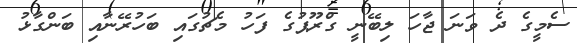
ސެމީގެ ދެ ވަނަ ޖާހަ ލިބޭނީ ގްރޫޕުގެ ފަހު މެޗުގައި ބަހުރޭނާއި ބަންގާޅު